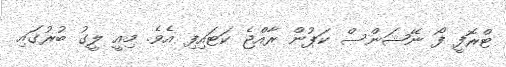
ޓްރޮފީ ފޯ ނޭޝަންސް ކަޕުން ރާއްޖެ ކަޓައިފި އެވެ. މިއީ ލީގު ބުރުގައި